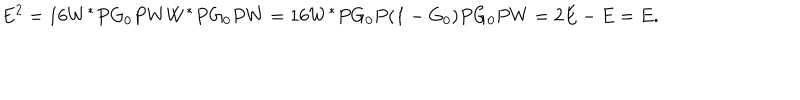
E ^ { 2 } = 1 6 W ^ { * } P G _ { 0 } P W W ^ { * } P G _ { 0 } P W = 1 6 W ^ { * } P G _ { 0 } P ( { \bf 1 } - G _ { 0 } ) P G _ { 0 } P W = 2 E - E = E .